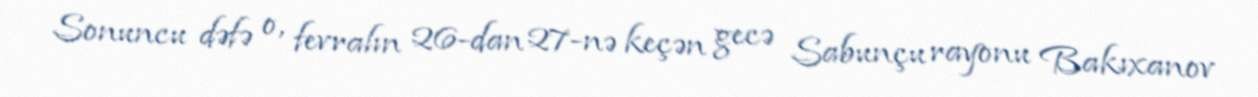
Sonuncu dəfə o, fevralın 26-dan 27-nə keçən gecə Sabunçu rayonu Bakıxanov